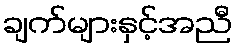
ချက်များနှင့်အညီ